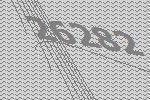
26282